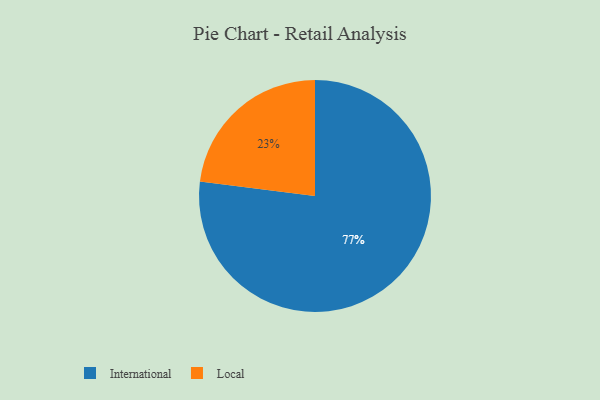
{"axis": {"x": "Category", "y": "Percentage"}, "legend": ["International", "Local"], "data": [{"x": "Local", "y": 23, "type": "Local"}, {"x": "International", "y": 77, "type": "International"}]}